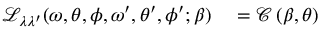
\begin{array} { r l } { \mathcal { L } _ { \lambda \lambda ^ { \prime } } ( \omega , \theta , \phi , \omega ^ { \prime } , \theta ^ { \prime } , \phi ^ { \prime } ; \beta ) } & { { } = \mathcal { C } \left( \beta , \theta \right) } \end{array}